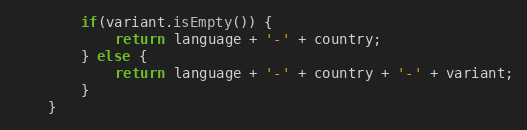
Language: Java
		if(variant.isEmpty()) {
			return language + '-' + country;
		} else {
			return language + '-' + country + '-' + variant;
		}
	}